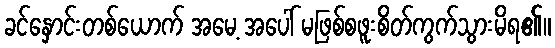
ခင်နှောင်းတစ်ယောက် အမေ့ အပေါ် မဖြစ်စဖူးစိတ်ကွက်သွားမိရ၏။